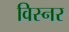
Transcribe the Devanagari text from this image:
विस्नर